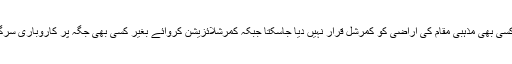
قوانین کی رو سے کسی بھی مذہبی مقام کی اراضی کو کمرشل قرار نہیں دیا جاسکتا جبکہ کمرشلائزیشن کروائے بغیر کسی بھی جگہ پر کاروباری سرگرمی نہیں ہو سکتی۔